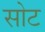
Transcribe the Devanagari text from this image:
सोट